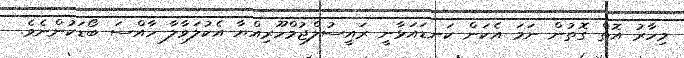
މިހާރު އޮތް ގޮތުން ނަމަ އެކަން ކަނޑައަޅާނީ ރައީސުލްޖުމްހޫރިއްޔާ އެކުލަވާލާ ހާއްސަ ބޯޑަކުންނެވެ.